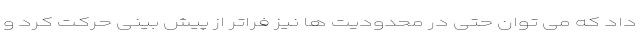
داد که می توان حتی در محدودیت ها نیز فراتر از پیش بینی حرکت کرد و